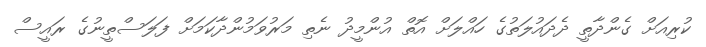
ކުރިއަށް ގެންދާތީ ދެދައުލަތުގެ ހައްލަށް އޮތް އުންމީދު ނެތި މަރުވަމުންދާކަމަށް ފަލަސްތީނުގެ ރައީސް